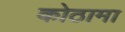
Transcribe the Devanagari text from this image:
कोठामा